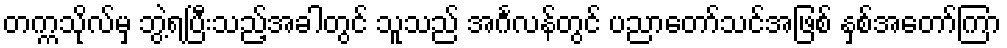
တက္ကသိုလ်မှ ဘွဲ့ရပြီးသည့်အခါတွင် သူသည် အင်္ဂလန်တွင် ပညာတော်သင်အဖြစ် နှစ်အတော်ကြာ